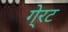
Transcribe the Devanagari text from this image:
गे्रट